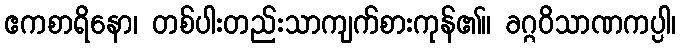
ဧကစာရိနော၊ တစ်ပါးတည်းသာကျက်စားကုန်၏။ ခဂ္ဂဝိသာဏကပ္ပါ၊